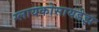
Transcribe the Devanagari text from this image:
ग्लायकोसायडेझ